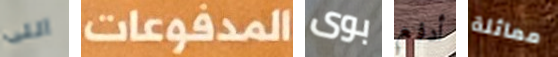
اللى المدفوعات بوى أدفع مماثلة